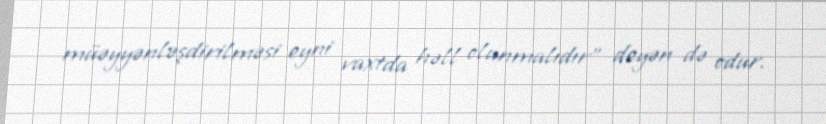
müəyyənləşdirilməsi eyni vaxtda həll olunmalıdır” deyən də odur.